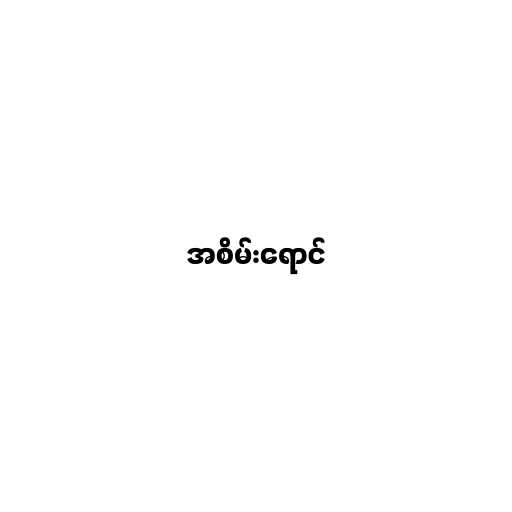
အစိမ်းရောင်